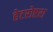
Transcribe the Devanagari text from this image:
हेटरोष्टरा